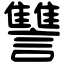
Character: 讐